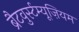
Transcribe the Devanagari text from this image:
ब्रैटवुर्स्टम्यूज़ियम